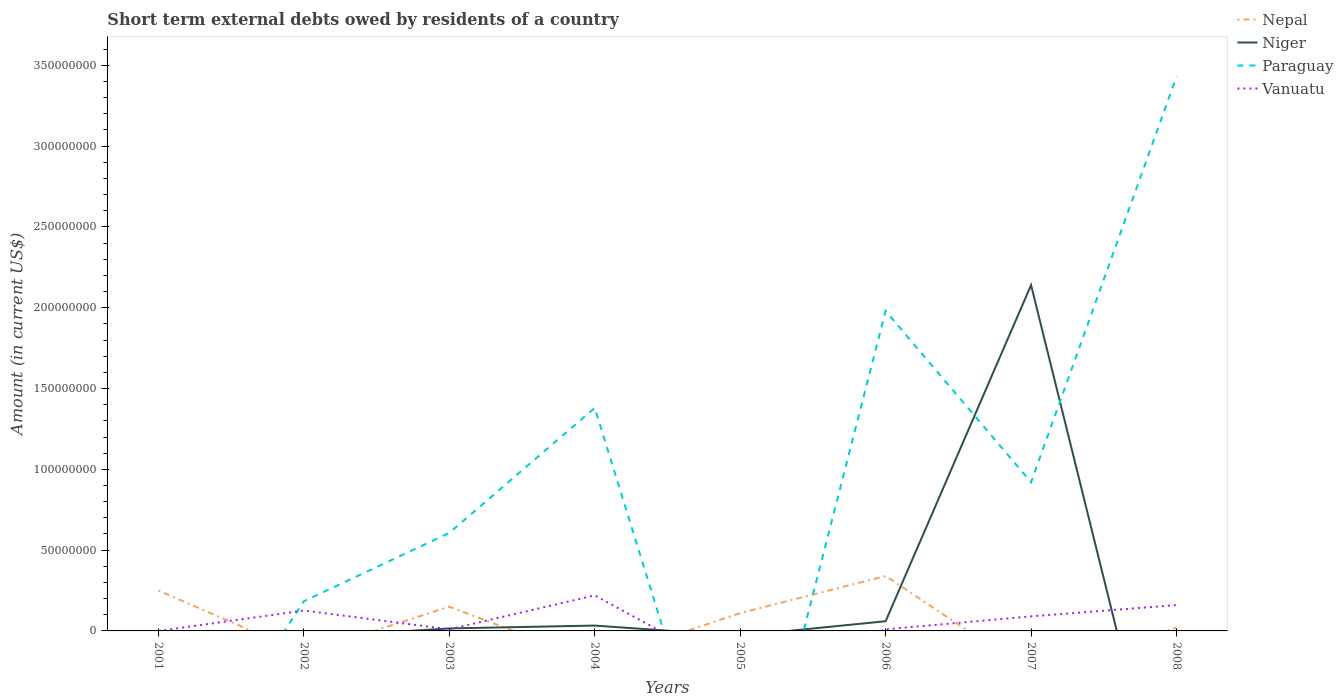
| Years | Nepal | Niger | Paraguay | Vanuatu |
 | --- | --- | --- | --- | --- |
 | 2001 | 2.5e+07 | -7.09e+06 | -1.2e+08 | -3.8e+04 |
 | 2002 | -1.4e+07 | -4.1e+06 | 1.84e+07 | 1.26e+07 |
 | 2003 | 1.5e+07 | 1.54e+06 | 6.07e+07 | 1e+06 |
 | 2004 | -1.9e+07 | 3.30e+06 | 1.38e+08 | 2.2e+07 |
 | 2005 | 1.1e+07 | -3e+06 | -1.53e+08 | -2.7e+07 |
 | 2006 | 3.4e+07 | 6e+06 | 1.98e+08 | 1e+06 |
 | 2007 | -2.6e+07 | 2.14e+08 | 9.2e+07 | 9e+06 |
 | 2008 | 2e+06 | -1.49e+08 | 3.43e+08 | 1.6e+07 |